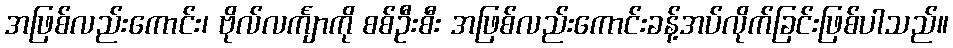
အဖြစ်လည်းကောင်း၊ ဗိုလ်လင်္ကျာကို စစ်ဦးစီး အဖြစ်လည်းကောင်းခန့်အပ်လိုက်ခြင်းဖြစ်ပါသည်။